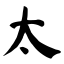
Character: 太